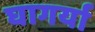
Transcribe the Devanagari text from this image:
घागर्या